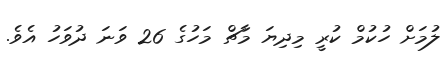
ލުމަށް ހުކުމް ކުރީ މިދިޔަ މާޗް މަހުގެ 26 ވަނަ ދުވަހު އެވެ.